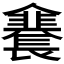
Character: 𲈣